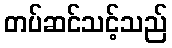
တပ်ဆင်သင့်သည်